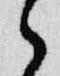
之